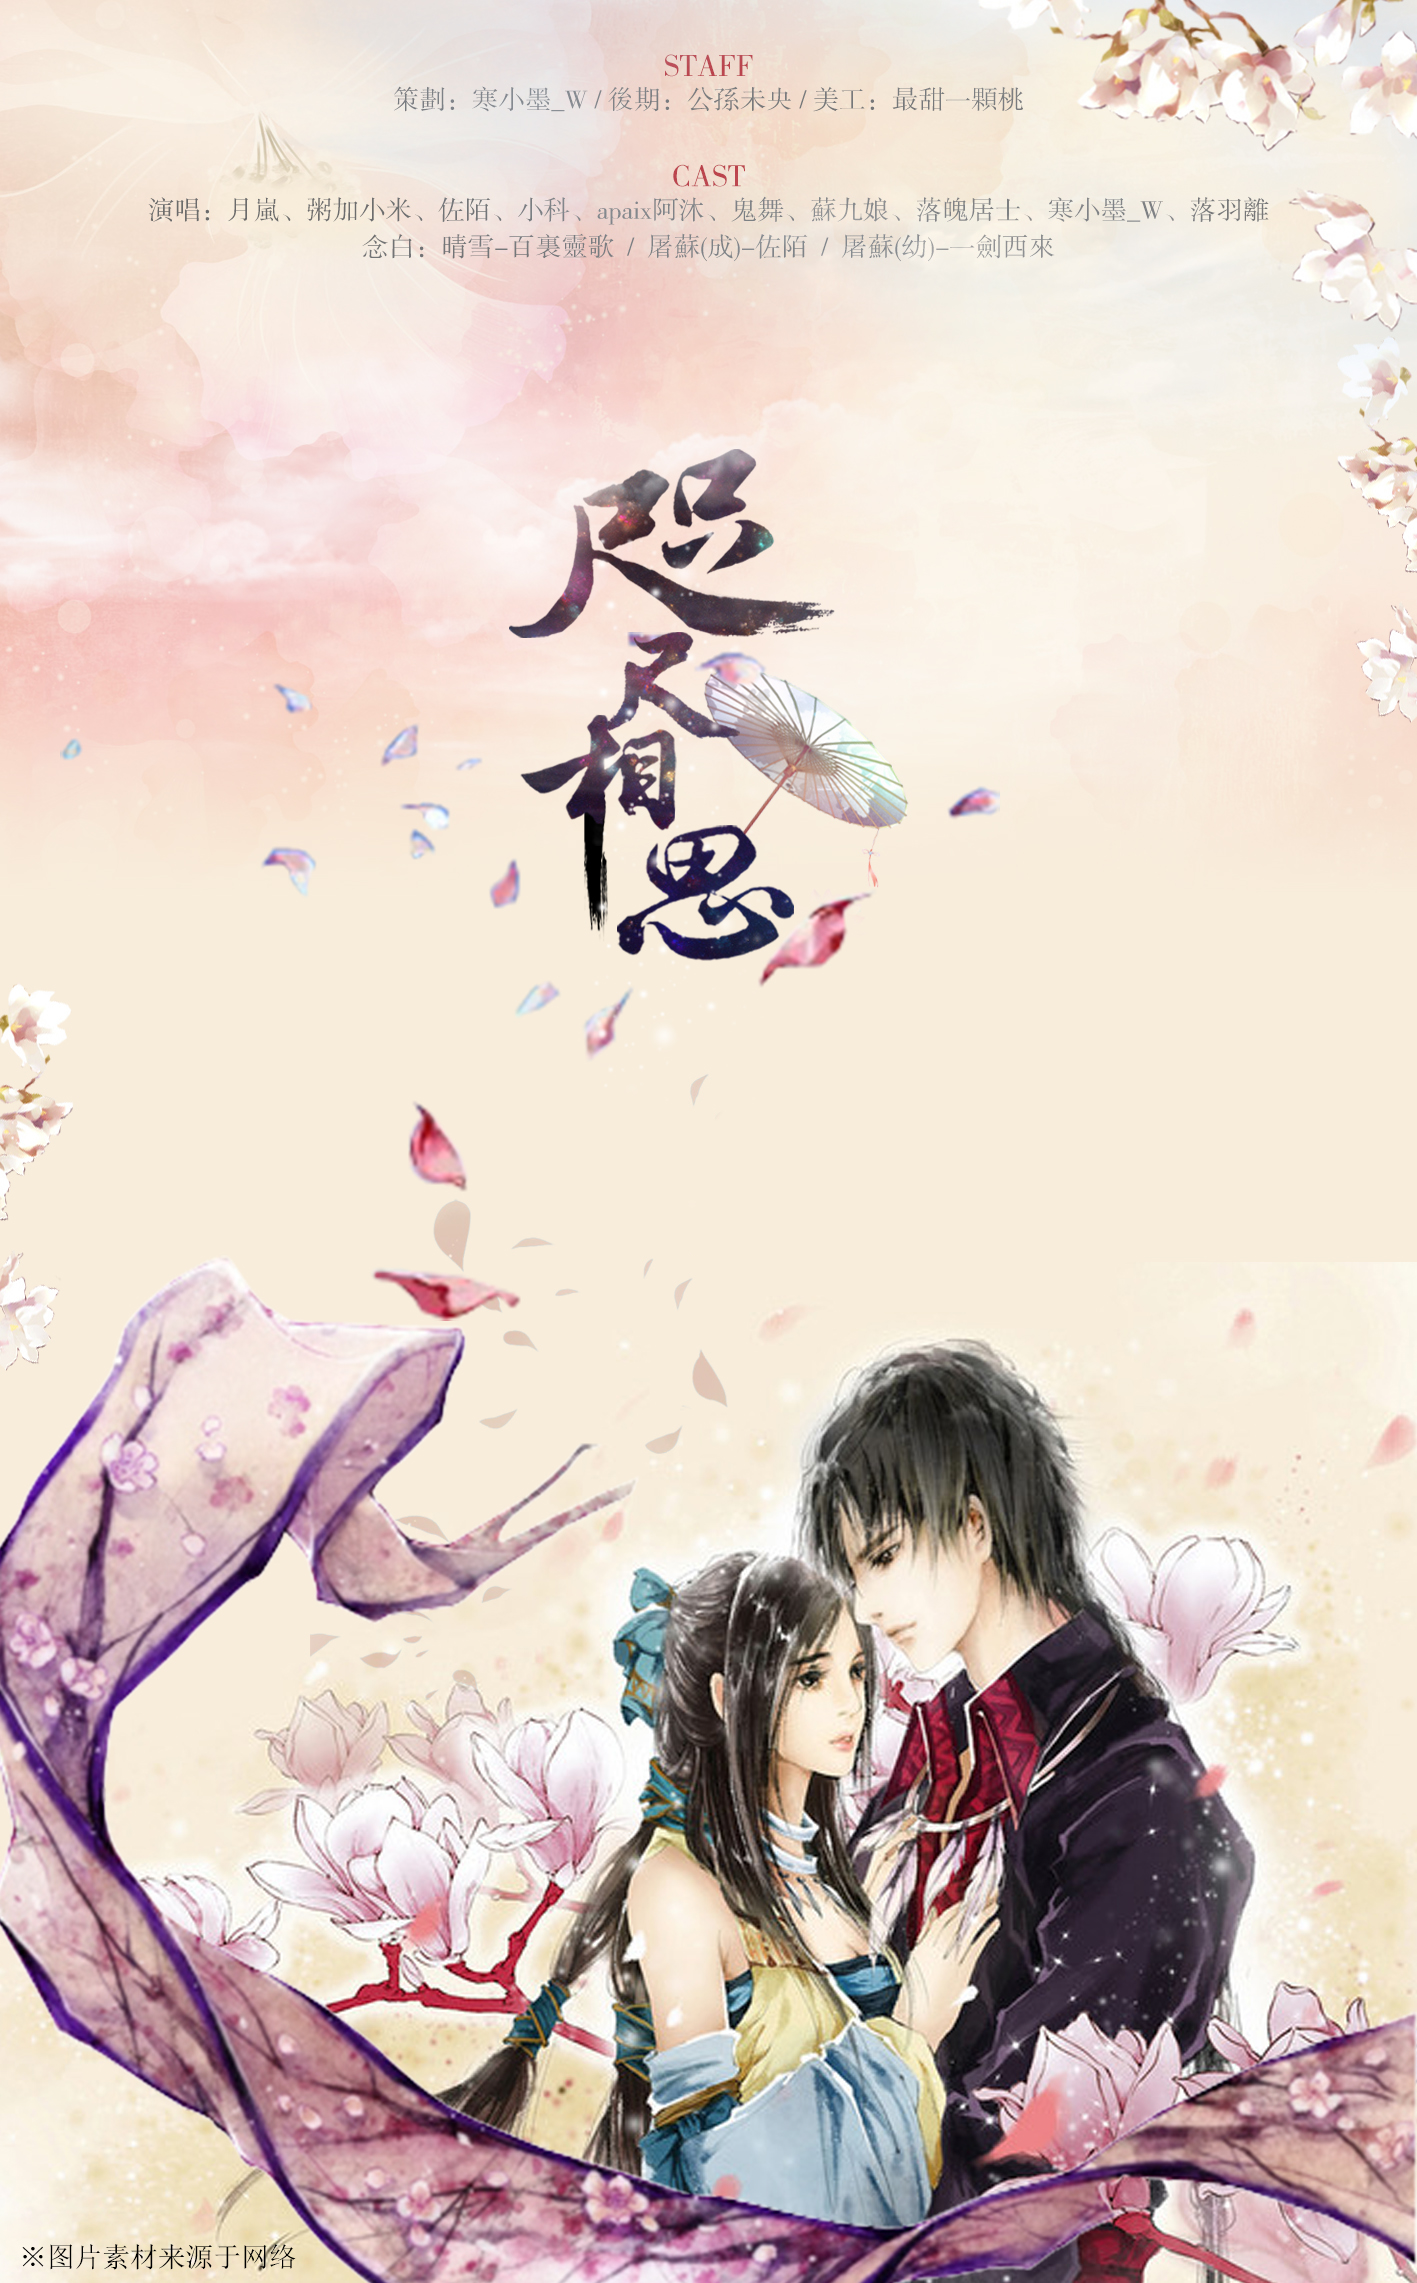
纵明月相思千里隔。梦咫尺。勤书尺。